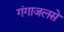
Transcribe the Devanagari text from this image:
गंगाजलसे